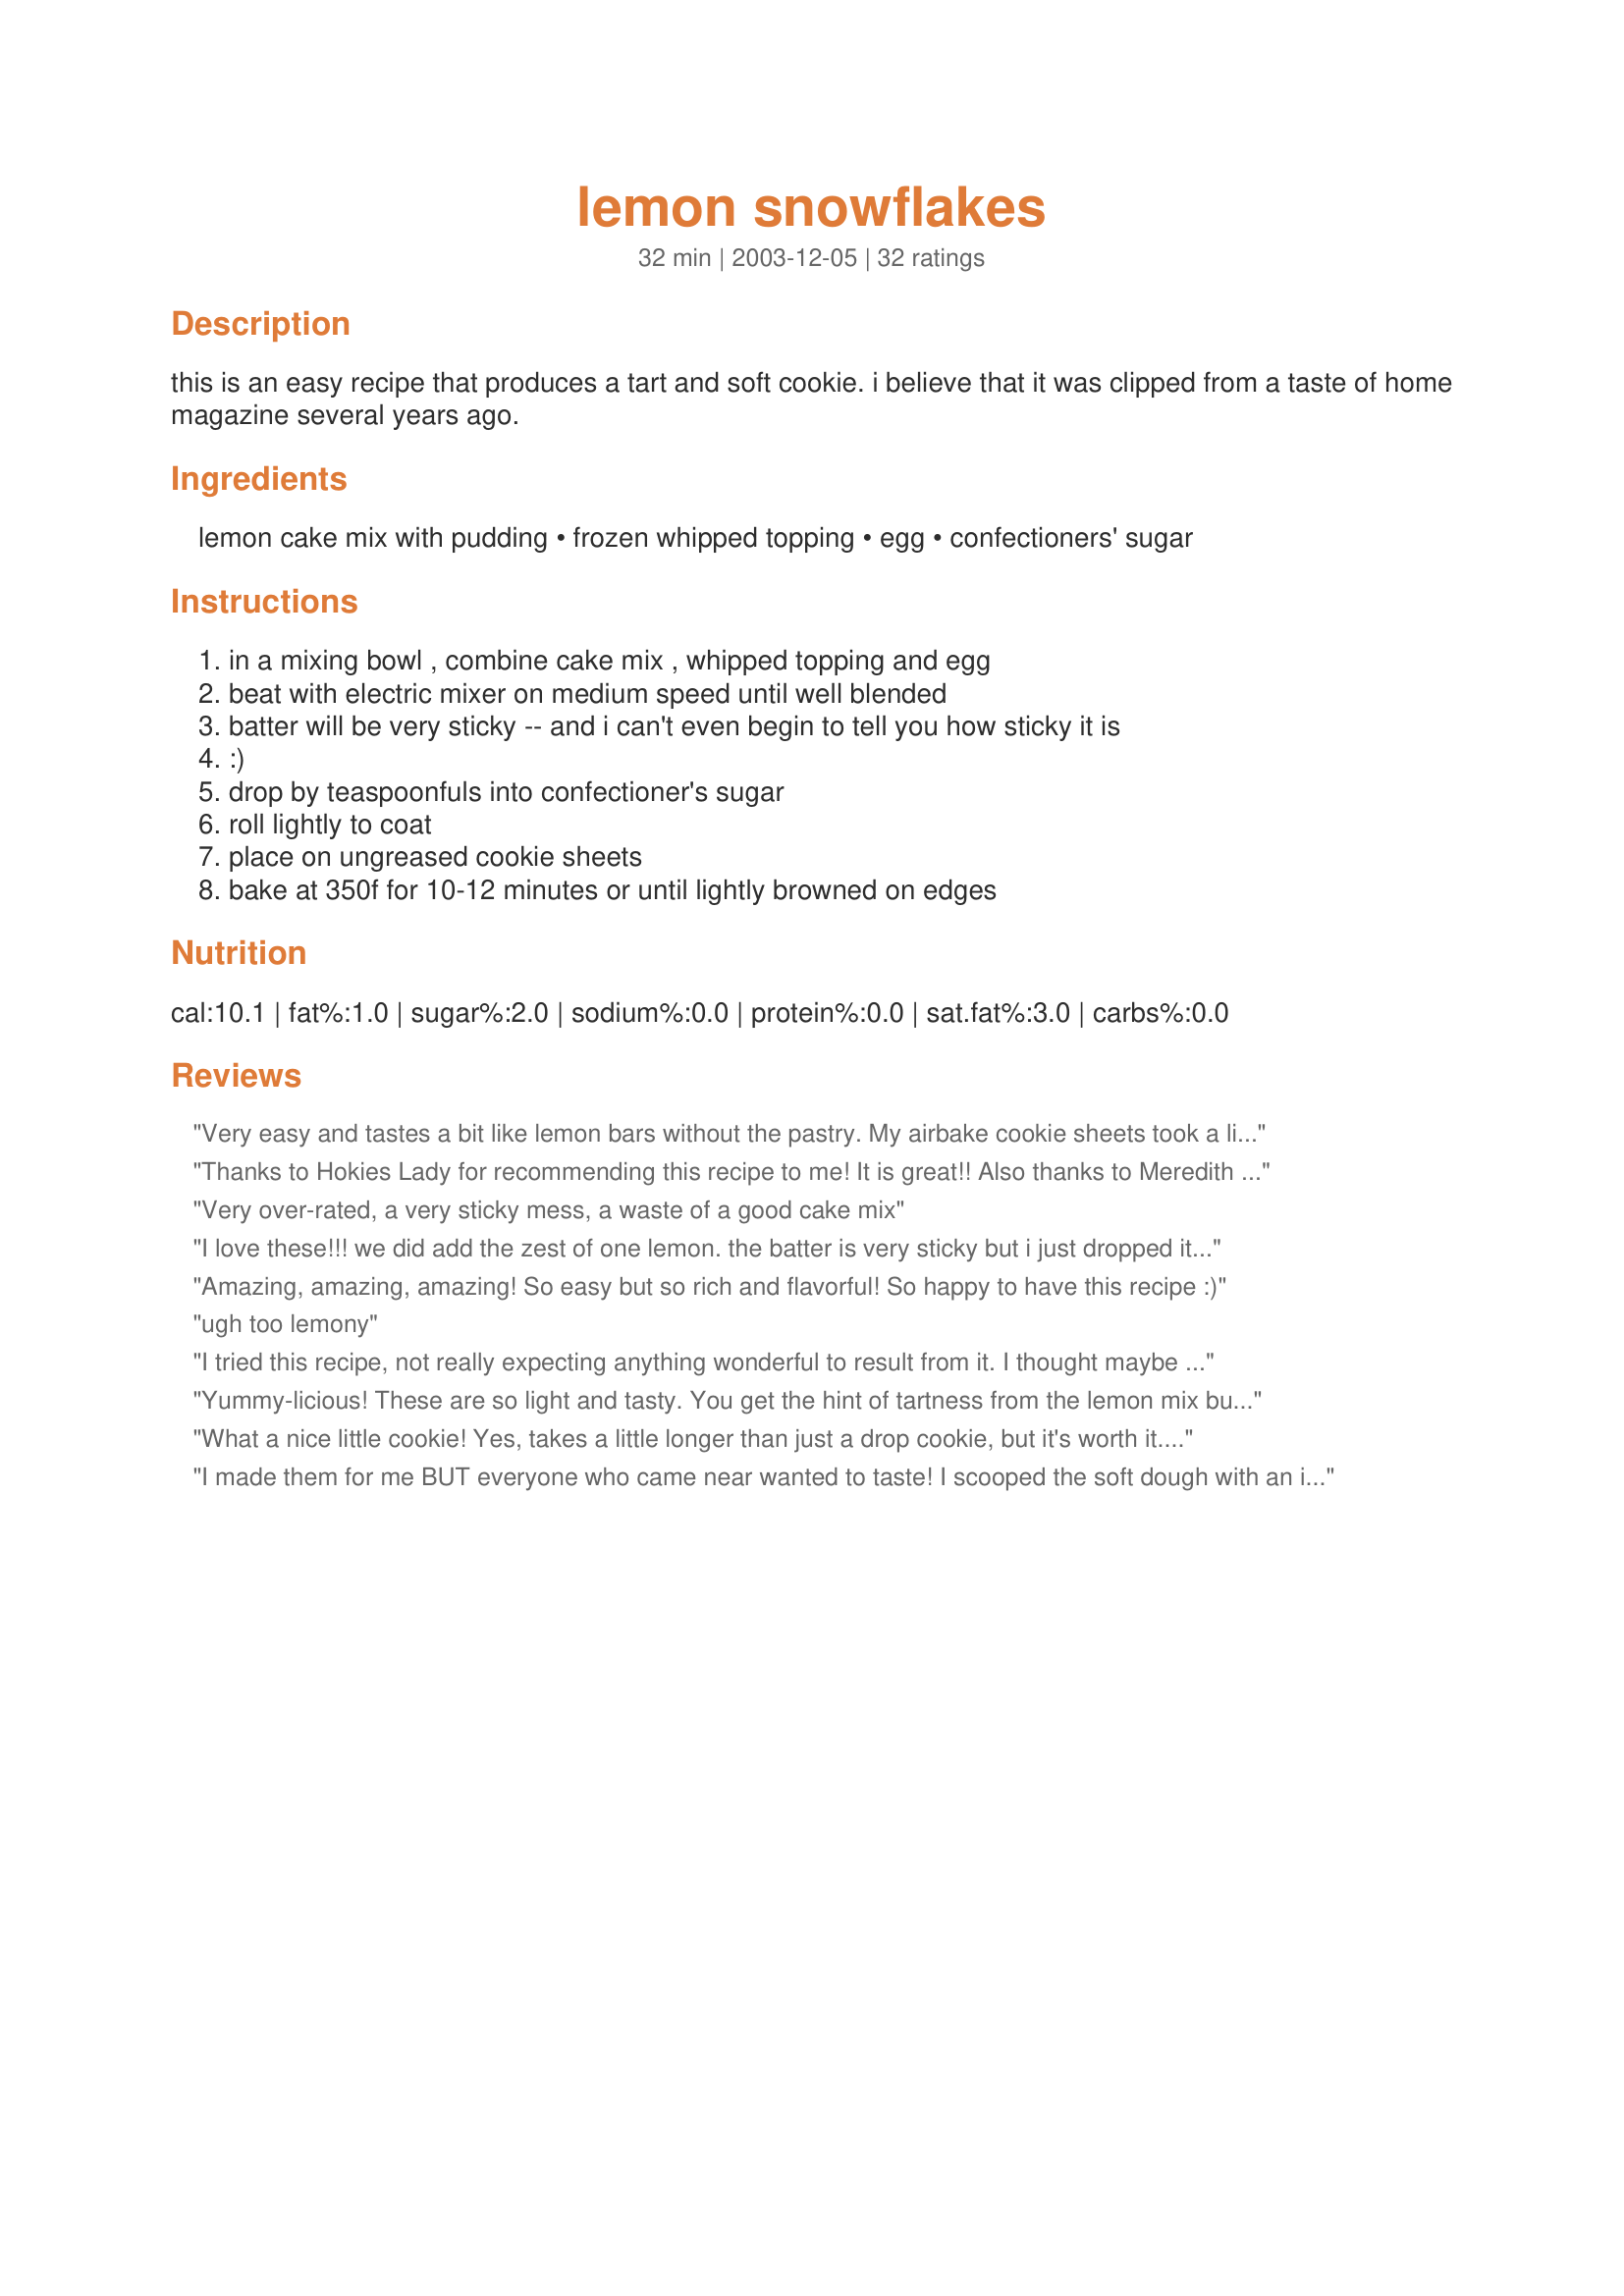
lemon snowflakes
Preparation time: 32 minutes

this is an easy recipe that produces a tart and soft cookie. i believe that it was clipped from a taste of home magazine several years ago.

Ingredients:
lemon cake mix with pudding, frozen whipped topping, egg, confectioners' sugar

Steps:
in a mixing bowl , combine cake mix , whipped topping and egg
beat with electric mixer on medium speed until well blended
batter will be very sticky -- and i can't even begin to tell you how sticky it is
:)
drop by teaspoonfuls into confectioner's sugar
roll lightly to coat
place on ungreased cookie sheets
bake at 350f for 10-12 minutes or until lightly browned on edges

Reviews:
Very easy and tastes a bit like lemon bars without the pastry. My airbake cookie sheets took a little longer- 14 minutes to bake.
Thanks to Hokies Lady for recommending this recipe to me! It is great!! Also thanks to Meredith K.'s advice about using two forks to shape the sticky batter and putting it into the confectioners' sugar; that works great! <br/>I am making a lot of cookies for a charity event and these fit the bill exactly! Easy, good, not melty or gooey since they will be eaten outside. Don't be afraid of how sticky the batter is; it really isn't hard to work with and the taste of these cookies is nice and lemony. I'm thinking I need to keep cake mix and Cool Whip on hand just in case I need cookies! <br/>Thanks for sharing a great recipe!! (6-24-10)<br/>UPDATE 6-10-11--I made these for the same event this year, but used orange cake mix and also did a batch using devil's food cake mix. They were both really tasty, so don't be afraid to experiment!
Very over-rated, a very sticky mess, a waste of a good cake mix
I love these!!! we did add the zest of one lemon. the batter is very sticky but i just dropped it by the spoonful into the powdered sugar and had no problem at all. they were soft and chewy and lemony. love the recipe, thanks!!!
Amazing, amazing, amazing! So easy but so rich and flavorful! So happy to have this recipe :)
ugh too lemony
I tried this recipe, not really expecting anything wonderful to result from it. I thought maybe I would get a good last minute cookie recipe. I'm glad to say that I was wrong!! This cookie has a wonderful lemony flavor without being tart (which I don't like) and the next day, it had the same chewiness and softness as the day before. Unlike so many so called "soft" cookies that harden and dry out by the next day. Thanks so much!!!
Yummy-licious! These are so light and tasty. You get the hint of tartness from the lemon mix but the powdered sugar just makes it so good. My DH said they were light and fluffy! These are just perfect for a refreshing cookie. It is amazing what can happen when you use 4 ingredients in the correct manner (my first attempt I did not read it correctly). Made for Bevy Tag Mar 08 Game.
What a nice little cookie! Yes, takes a little longer than just a drop cookie, but it's worth it. I think this would also be good with chocolate cake mix--or any stronger flavored cake mix. Thank You for this addition to my keepers. I baked just 10 minutes.
I made them for me BUT everyone who came near wanted to taste! I scooped the soft dough with an ice cream scoop right into the sugar to make it easier to handle.
I thought these were ok. The lemon flavor was nice and mild, but not as tart as I was hoping. They do look pretty on the plate and are simple enough to be a nice holiday cookie. The dough was surprisingly sticky, even with the warning, and I found using two teaspons to be the best method for shaping them and rolling them in the sugar.
These were the hit of the party at Christmas! Everybody loved them. They did break my hand mixer though, lol. I doubled the recipe and added an extra packet of lemon pudding mix to it. They are so light and lemony. I didn't find the batter as sticky as I thought it would be, but I did use 2 tsp to get the batter and covered them with the conf. sugar..was a snap!
This recipe is great! We used a strawberry cake mix w/powdered sugar, chocolate cake w/powdered suger, & a German Chocolate w/coconut flakes. All of them turned out good! Angel Food mix does not work though. My next goal is to try the cherry chip mix.
YUMMMMM!!!! I loved the fact that these cookies not only start w/a cake mix but only require 3 other ingrdients. They are very pretty & taste great. I am going to put these in my christmas cookie trays.
If you love lemon these are the cookies for you! What a wonderful recipe, simple and taste wonderful. Its hard to find a good lemon cookie this is wonderful for your cookie trays. I think it would also be great for showers.
Great cookie - a week later and I'm making a second batch! They definitely taste as though a lot of work was put in to them. I, too, chilled the dough before dropping. I used a fork to scoop dough into a bowl of powdered sugar and used sugared fingers to roll the dough into a ball - no issues with stickiness!
I was pleasantly surprised at how well these turned out. They were pretty and had a nice lemon flavor. The batter is a bit difficult to handle, but it does get easier after you roll a few and get the hang of it. This was a tasty, simple recipe that added variety and helped round out my holiday cookie trays--thanks for posting it!
My family LOVEs lemon desserts so this cookie was on my list to try!!! We made them a few nights ago and they were wonderful!!! I did not have a big problem with them being sticky, we used plenty of powdered sugar! Since we love lemon so much, I might add more lemon flavor next time but they were wonderful just the way they are! Also, I couldn't find lemon cake mix with pudding, so I used lemon cake mix and dumped in the dry mix of lemon pudding... worked fine :) thx!
Easy to make, so tasty. Just a few notes. These are good made small and don't spread too much on the baking sheet so they can be baked about 2" apart. I used two forks and had no trouble with the sticky batter. Thanks for posting.
These are very good, but they're a bit of work. I did a couple of things that I think make this "dough" a bit easier to work with. First, I refrigerated the batter overnight; I almost always do this with cookies, and I think it made these a little firmer when shaping. The other thing is that I used FORKS: two to scoop/drop glops into a pie plate of powdered sugar, and two others to roll/shape/transfer. I started with spoons, but the forks are much easier! As to the finished cookie, I like the slightly crispy outside better than the soft inside, so if I make these again, I'll be sure to make them on the small side. I realized too late that my mix didn't have pudding in it, but I'm not sure that made much of a difference. Also, I added the zest and juice of one lemon -- good, but I think I may do two lemons (zsest and juice) next time. (Whe said "too lemony"?!) What I want to know is, how did anyone ever come up with this recipe???? ;-)
These are extremely sticky to make, but the result is worth it!! Wonderful flavor and they are so light. I have to stop myself from eating the whole box!!
CALORIE ALERT: When the recipe prints, that highlight about the cake mix not being included becomes small print.
That said, this cookie is great.
ORANGE variation: I just made these with a Pillsbury Moist Supreme Reduced Sugar Classic Yellow with pudding in cake mix and added 2 teaspoons orange extract and 2 Tablespoons orange zest. Add a cup of mini chocolate chips, even better.
Has anyone tried it with fat free cool whip?
Wonderful! A new favorite cookie. I also added a package of lemon pudding mix since I could not find the cake mix with it in it. They turned out perfect. I will definately share this recipe.
I made these at Christmas time and what a HIT! I looked at the low rating below that states "ugh too lemony".. that is the whole point! I love the rich lemon flavor, the light sprinkle of sweetness to balance it and soo light. It was a huge hit with my DH and son and I have been asked by many to make them again! A keeper for me!
I like them but the kids didn&#039;t
Yummy! I have a similiar recipe posted calling for a strawberry cake mix, but I think I actually prefer the lemon. I love how easy these are to put together and make them often. Thanks for posting, ms_bold!
I rarely use any kind of prepared mix when I'm baking but these intrigued me with the unique combination of ingredients. While they aren't as lemony as some of the "from scratch" recipes I've tried, they are very good and fun to make. If you use two spoons to drop the extremely sticky batter in the powdered sugar, you really don't get any on you at all. I had trouble with my first batch sticking to the cookie sheets, so I sprayed them before the next batch. I especially liked how soft the cookies were and how pretty.
What a hit. Made some to try out on my boys and their friends. Gone in 1 day. Made 5 more batches to go in Christmas gift tins. Everyone loved them. Thanks for posting this recipe.
Soft, moist, deliciuos cookies that taste like lemon meringue pie. Very easy to make and definitely a keeper!
mmmmm mmmmmm good!
 I think next time I will add a little lemon zest, as I love lemon. They are wonderful the way they are though. DH loves them, so do neighbors. A real winner. Thanks for posting this recipe! I couldn't find a lemon mix with pudding, so I just used a lemon moist supreme cake mix.
Very easy to make and yummy. Am going to make them for my office Christmas lunch.
I loved the tart lemon flavor in these cookies & think it will go well in my holiday cookie trays. The cookie dough is "sticky" so I used a 3/4 oz portioning scoop & kept dipping it into the powdered sugar to help it release. These were very easy to make & the cookies are pretty. Thank you for poting this recipe!
